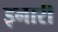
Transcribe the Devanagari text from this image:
इनारी